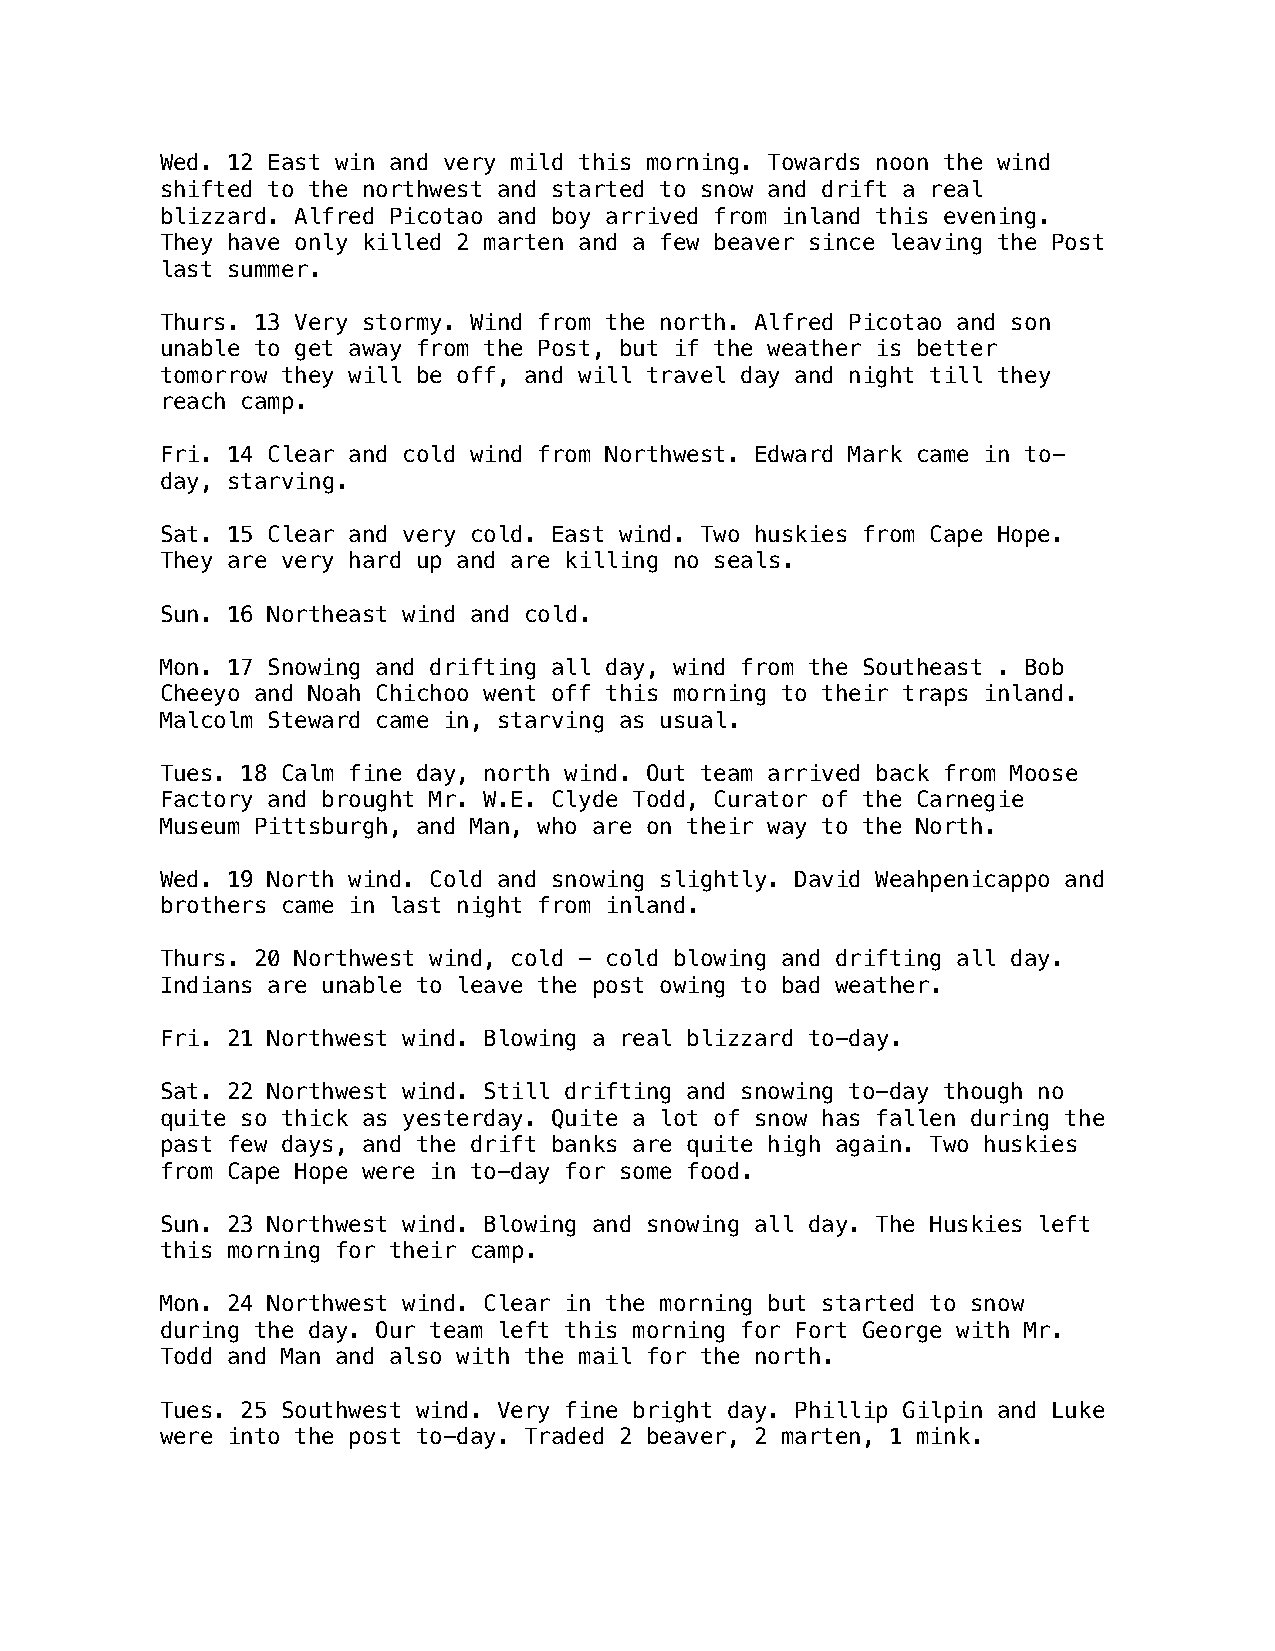
Wed. 12 East win and very mild this morning. Towards noon the wind
 shifted to the northwest and started to snow and drift a real
 blizzard. Alfred Picotao and boy arrived from inland this evening.
 They have only killed 2 marten and a few beaver since leaving the Post
 last summer.
 Thurs. 13 Very stormy. Wind from the north. Alfred Picotao and son
 unable to get away from the Post, but if the weather is better
 tomorrow they will be off, and will travel day and night till they
 reach camp.
 Fri. 14 Clear and cold wind from Northwest. Edward Mark came in to-
 day, starving.
 Sat. 15 Clear and very cold. East wind. Two huskies from Cape Hope.
 They are very hard up and are killing no seals.
 Sun. 16 Northeast wind and cold.
 Mon. 17 Snowing and drifting all day, wind from the Southeast . Bob
 Cheeyo and Noah Chichoo went off this morning to their traps inland.
 Malcolm Steward came in, starving as usual.
 Tues. 18 Calm fine day, north wind. Out team arrived back from Moose
 Factory and brought Mr. W.E. Clyde Todd, Curator of the Carnegie
 Museum Pittsburgh, and Man, who are on their way to the North.
 Wed. 19 North wind. Cold and snowing slightly. David Weahpenicappo and
 brothers came in last night from inland.
 Thurs. 20 Northwest wind, cold - cold blowing and drifting all day.
 Indians are unable to leave the post owing to bad weather.
 Fri. 21 Northwest wind. Blowing a real blizzard to-day.
 Sat. 22 Northwest wind. Still drifting and snowing to-day though no
 quite so thick as yesterday. Quite a lot of snow has fallen during the
 past few days, and the drift banks are quite high again. Two huskies
 from Cape Hope were in to-day for some food.
 Sun. 23 Northwest wind. Blowing and snowing all day. The Huskies left
 this morning for their camp.
 Mon. 24 Northwest wind. Clear in the morning but started to snow
 during the day. Our team left this morning for Fort George with Mr.
 Todd and Man and also with the mail for the north.
 Tues. 25 Southwest wind. Very fine bright day. Phillip Gilpin and Luke
 were into the post to-day. Traded 2 beaver, 2 marten, 1 mink.